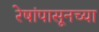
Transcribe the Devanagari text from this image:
रेषांपासूनच्या